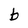
Character: b